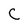
Character: C